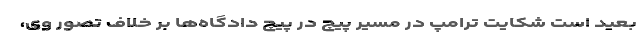
بعید است شکایت ترامپ در مسیر پیچ در پیچ دادگاه‌ها بر خلاف تصور وی،